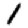
Digit: 1